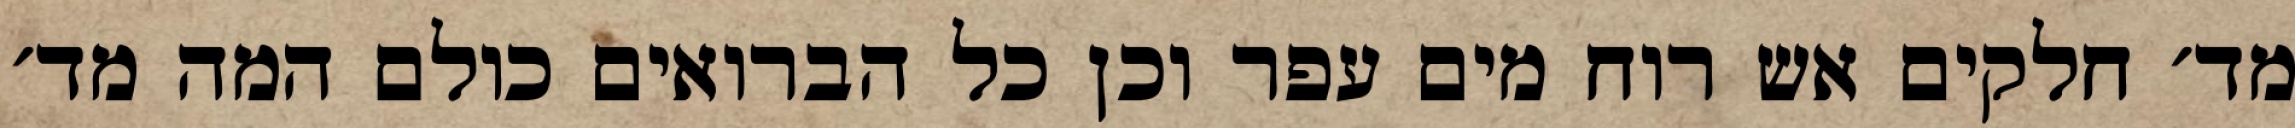
מד׳ חלקים אש רוח מים עפר וכן כל הברואים כולם המה מד׳